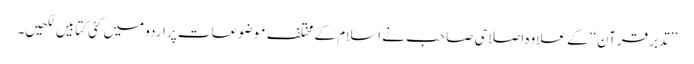
’’تدبر قرآن‘‘ کے علاوہ اصلاحی صاحب نے اسلام کے مختلف موضوعات پر اردو میں کئی کتابیں لکھیں۔